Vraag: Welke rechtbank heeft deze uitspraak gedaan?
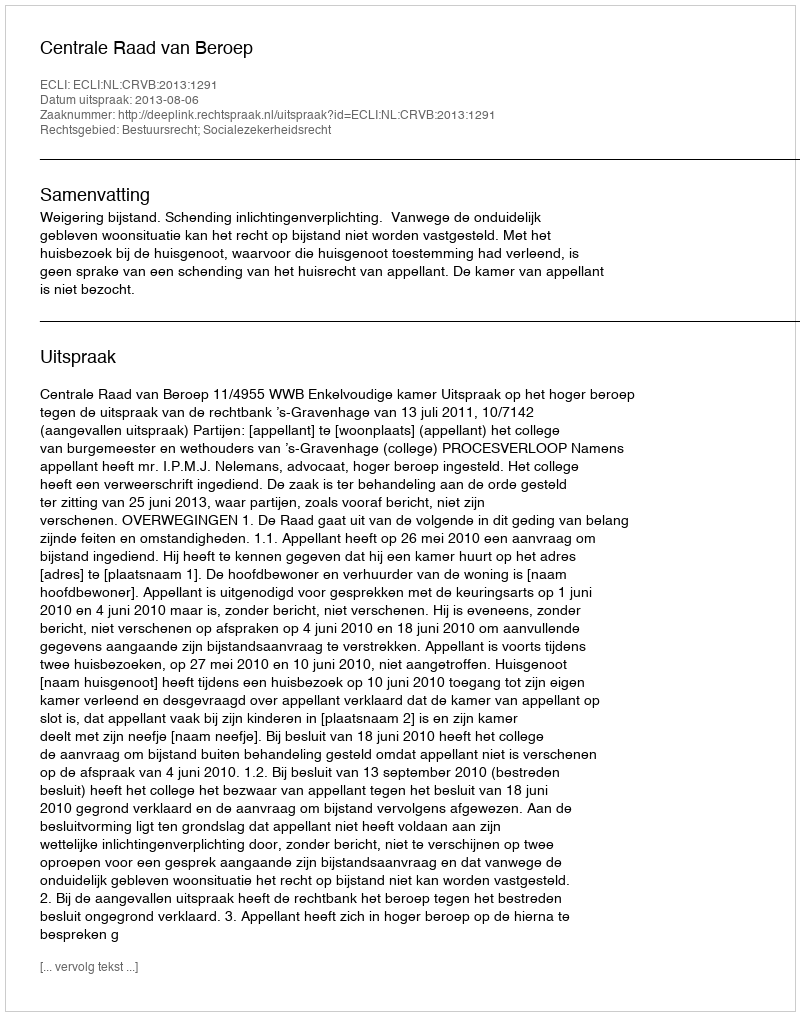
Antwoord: Centrale Raad van Beroep